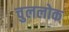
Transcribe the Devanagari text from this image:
चुललोक